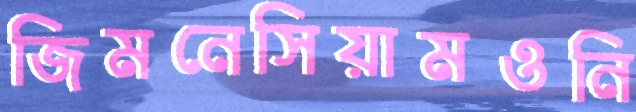
জিমনেসিয়ামওনি